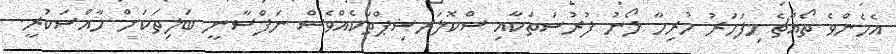
އެހެންވެ ތޯއްޗެ މިފަހަރު ހުރިހާ ލޯނު ފުރުސަތަކާއި ސްކޮލަރޝިޕްތަކެއްވެސް ނަފްސާނީ ބަލިތަކަށް ހާއްސަކުރީ.